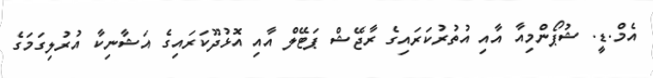
އެމް.ޑީ. ޝުޕޯންމިއާ އާއި އުތުރުކަރައިގެ ރާޖޭޝް ޕަޓޭލް އާއި އޮޅުދޫކަރައިގެ އަޝާނިކާ އުރުލިގަމަގެ